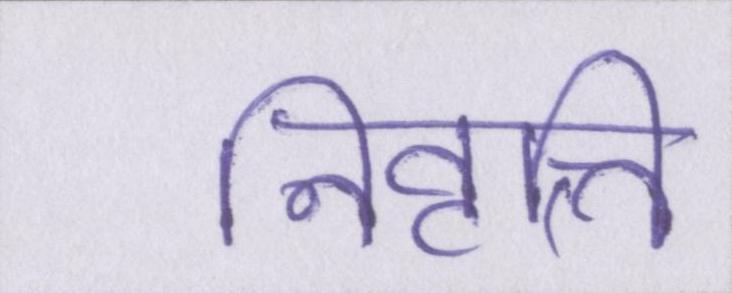
निवृत्ति